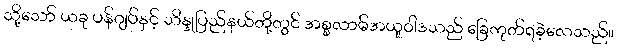
သို့သော် ယခု ပန်ဂျပ်နှင့် သိန္ဒုပြည်နယ်တို့တွင် အစ္စလာမ်အယူဝါဒသည် ခြေကုတ်ရခဲ့လေသည်။